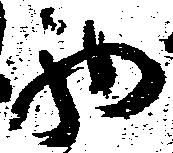
西